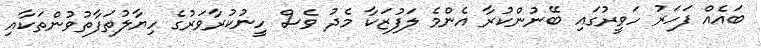
ބައެއް ފަހަރު ހަވީރުގައި ބޭނުންކުރާ އެންމެ ލަފުޒަކާ މެދު ވެސް ހީނުކުރާވަރުގެ ހިޔާލުތަފާތުވުންތަކާއި